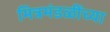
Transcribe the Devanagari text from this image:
मित्रमंडळींच्या